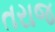
તરાજ